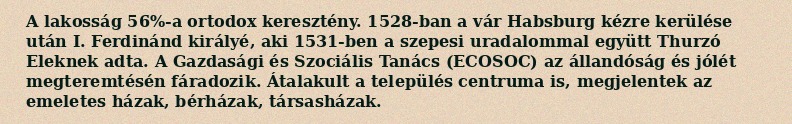
A lakosság 56%-a ortodox keresztény. 1528-ban a vár Habsburg kézre kerülése után I. Ferdinánd királyé, aki 1531-ben a szepesi uradalommal együtt Thurzó Eleknek adta. A Gazdasági és Szociális Tanács (ECOSOC) az állandóság és jólét megteremtésén fáradozik. Átalakult a település centruma is, megjelentek az emeletes házak, bérházak, társasházak.